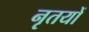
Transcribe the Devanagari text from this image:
नृतयों